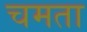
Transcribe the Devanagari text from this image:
चमता